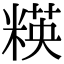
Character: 䊔